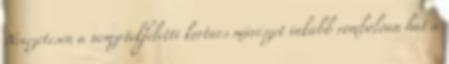
Nevezetesen a nemzetekfeletti kortárs művészet inkább rombolóan hat a